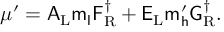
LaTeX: \mu ^ { \prime } = \sf A _ { \mathrm { L } } m _ { l } F _ { \mathrm { R } } ^ { \dag } + E _ { \mathrm { L } } m _ { h } ^ { \prime } G _ { \mathrm { R } } ^ { \dag } .